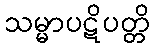
သမ္မာပဋိပတ္တိ